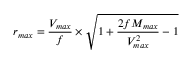
r _ { m a x } = \frac { V _ { m a x } } { f } \times \sqrt { 1 + \frac { 2 f M _ { m a x } } { V _ { m a x } ^ { 2 } } - 1 }